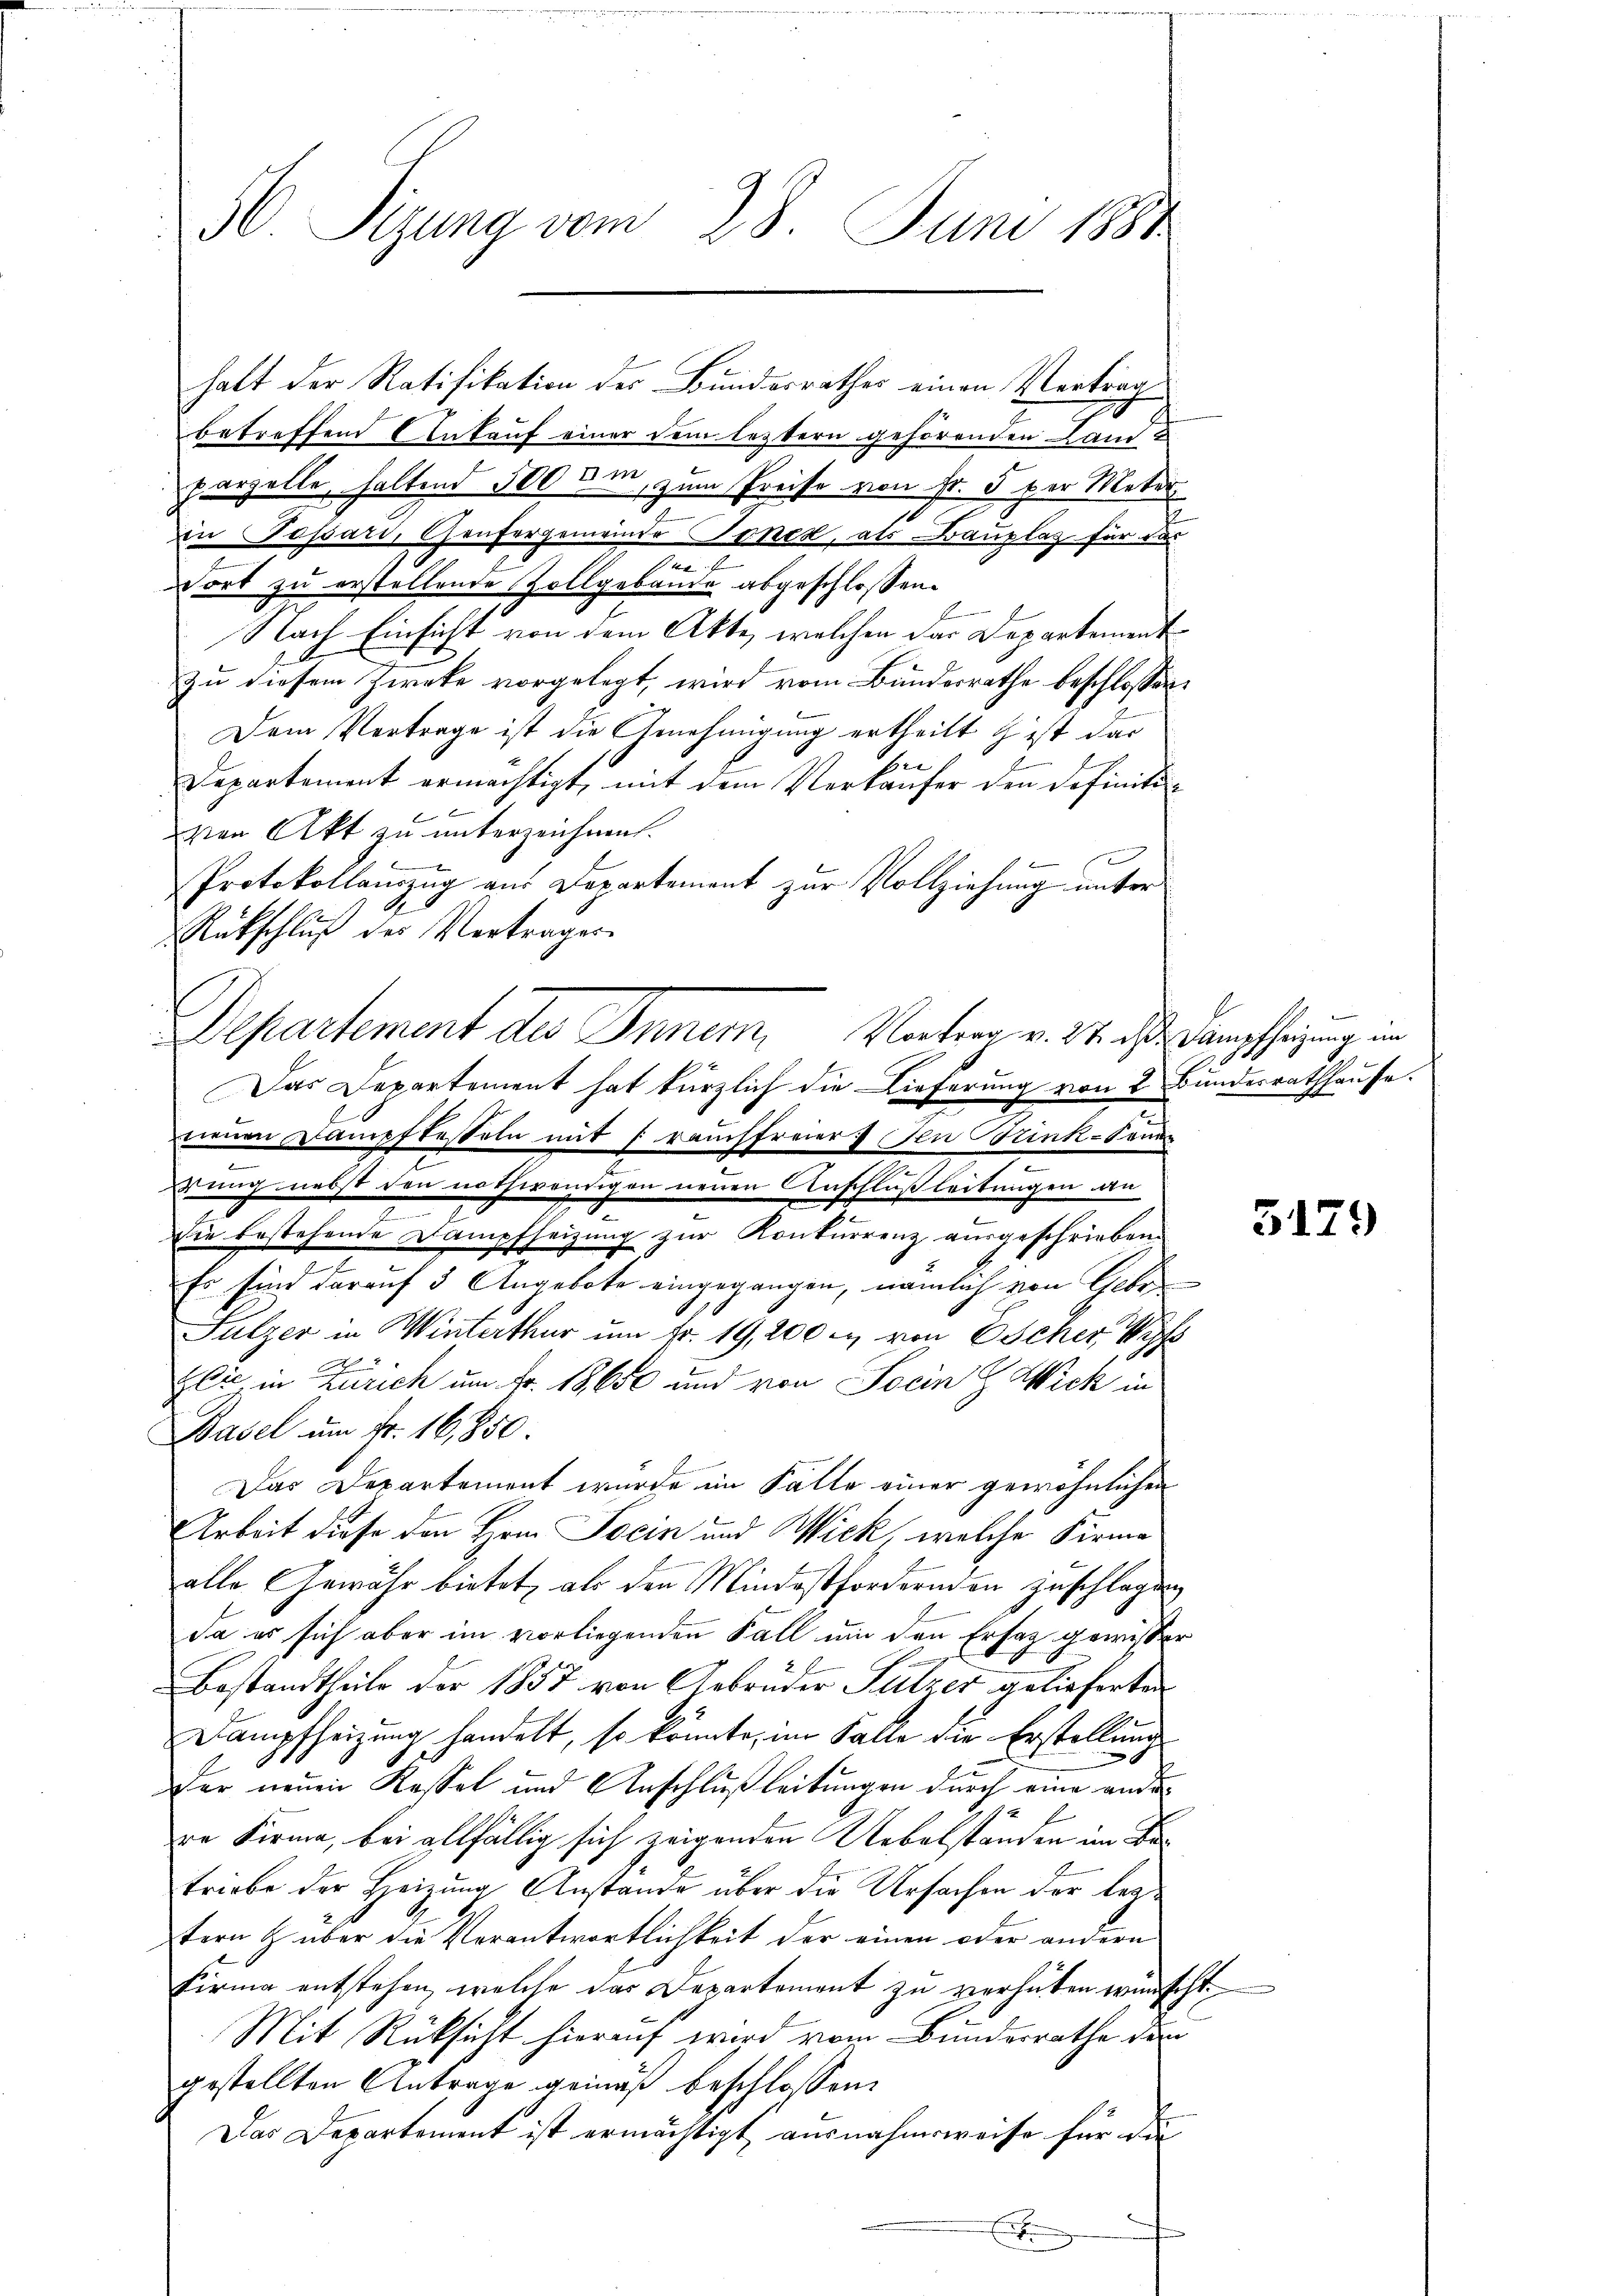
56. Sizung vom 28. Juni 1884

betreffend Ankauf einer dem leztern gehörenden Lande
parzelle haltend 300 um, zum Preise von Fr. 5 per Meter
in Possari, Genfergemeinde Jenes, als Bauplas für das
r
Dort zu erstellende Zollgebäude abgeschlossen.
b
Nach Einsicht von dem Akte, welchen das Departement
zu diesem Zwecke vorgelegt, wird vom Bundesrathe beschlossen:
Dem Vertrage ist die Genehmigung ertheilt & ist dar
Departement ermächtigt, mit dem Verkäufer den Definitivon Akt zu unterzeichnen.
x
Protokollauszug aus Departement zur Vollziehung unter
Rückschluß der Vertrages
neuen Dampftesteln mit fransfreier den Trink-Sene
rung nebst den nothwendigen neuen Anschluß leitungen an

sie bestehende Dampfheizung zur Konkurrenz ausgeschrieben.
Er sind darauf 3 Angebote eingegangen, nämlich von Geber
Fulzer in Winterthur um Fr. 19, 200 m von Escher
Eli, in Zürich um Fr. 18650 und von Socin Wick in
Basel um Fr. 16,850.
Das Departement wurde im Fälle einer gewöhnlichen
Arbeit diese den Hrn. Jocin und Wick, welche Firma
alle Gewähr bietet, als den Mindestfordernden Zuschlagen
da es sich aber im vorliegenden Fall um den Ersatz gewisser
E
Bestandtheile der 1857 von Gebrüder Sulzer gelieferten
Dampfheizung handelt, so könnte, im Falle die Erstellung
Der neuen Kassel und Anschlŭβleitŭngen durch eine ander
2 f
re Firma, bei allfällig sich zeigenden Uebelstanden im Betriebe der Heizung Anstande über die Ursachen der lezfern & über die Verantwortlichkeit der einen oder andern
Firma entstehen, welche das Departement zu verhüten wünscht.
Mit Rüksicht hierauf wird vom Bundesrathe den
gestellten Antrage gemäß beschlossen:
Das Departement ist ermächtigt ausnahmsweise für die
E

halt der Ratifikation der Bundesrathes einen Vertrag

Departement des Inner, Vorten v. 31. ds. Dampfheizung in
Das Departement hat kürzlich die Lieferung von 2 Bundesrathhause.

5179